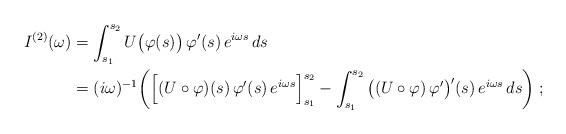
LaTeX: \begin{align*}I^{(2)}(\omega)& = \int_{s_1}^{s_2} U\big( \varphi(s) \big) \, \varphi'(s) \, e^{i \omega s} \, ds \\& = (i \omega)^{-1} \bigg( \Big[ (U \circ \varphi)(s) \, \varphi'(s) \, e^{i \omega s} \Big]_{s_1}^{s_2} - \int_{s_1}^{s_2} \big( (U \circ \varphi) \, \varphi' \big)'(s) \, e^{i \omega s} \, ds \bigg) \; ;\end{align*}